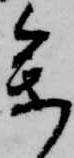
参